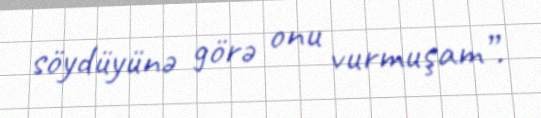
söydüyünə görə onu vurmuşam”.